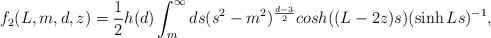
\begin{align*}f_2(L,m,d,z)=\frac{1}{2}h(d)\int_{m}^{\infty}ds(s^2-m^2)^{\frac{d-3}{2}}cosh((L-2z)s)(\sinh Ls)^{-1},\end{align*}